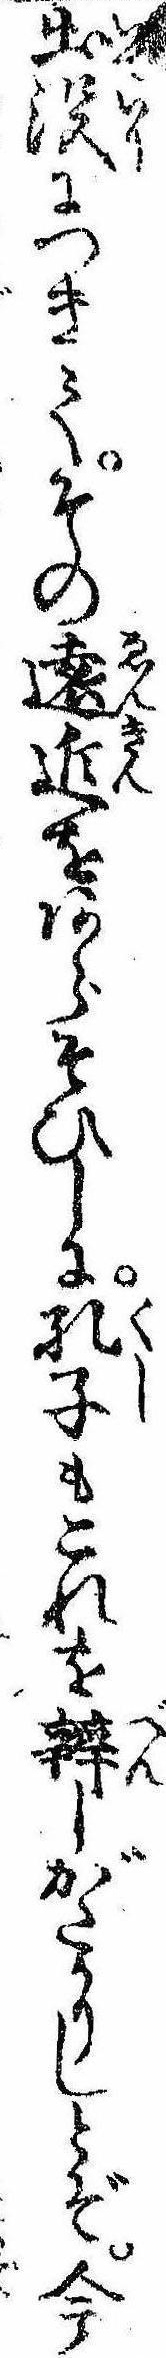
出没につきてその遠近をあらそひしに孔子もこれを弁しがたかりしとぞ今